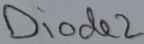
Text: Diode2